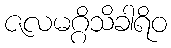
ဇလမဂ္ဂိသိခါရိဝ